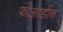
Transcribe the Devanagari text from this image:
फोआडीन